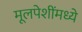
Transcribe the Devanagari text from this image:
मूलपेशींमध्ये